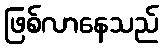
ဖြစ်လာနေသည်